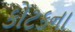
કોટકના